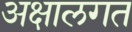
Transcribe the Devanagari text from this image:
अक्षालगत